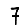
Digit: 7